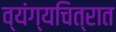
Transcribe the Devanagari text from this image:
व्यंग्यचित्रात